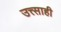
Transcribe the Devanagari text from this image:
उत्त्साही